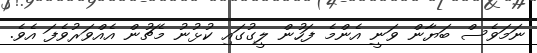
ނަމަވެސް ބަޔާން ވަނީ އެންމެ ފަހުން ލީގުގައި ކުޅުނު މެޗުން އެއްވަރުވެފަ އެވެ.